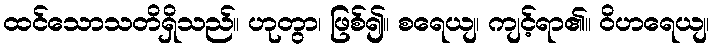
ထင်သောသတိရှိသည်။ ဟုတွာ၊ ဖြစ်၍။ စရေယျ၊ ကျင့်ရာ၏။ ဝိဟရေယျ၊